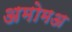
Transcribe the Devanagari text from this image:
अमोमअ